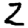
Digit: 2